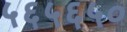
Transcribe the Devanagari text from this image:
५६५६५०